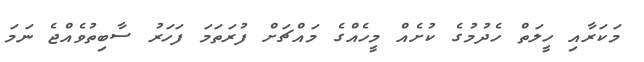
މަކަރާއި ހީލަތް ހެދުުމުގެ ކުށެއް މީހެއްގެ މައްޗަށް ފުރަތަމަ ފަހަރު ސާބިތުވެއްޖެ ނަމަ